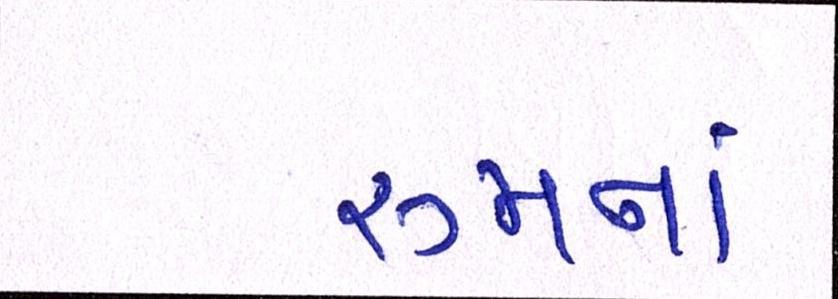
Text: રૂમનાં